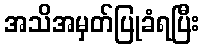
အသိအမှတ်ပြုခံရပြီး